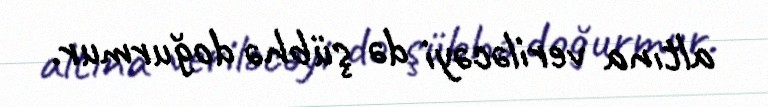
altına veriləcəyi də şübhə doğurmur.